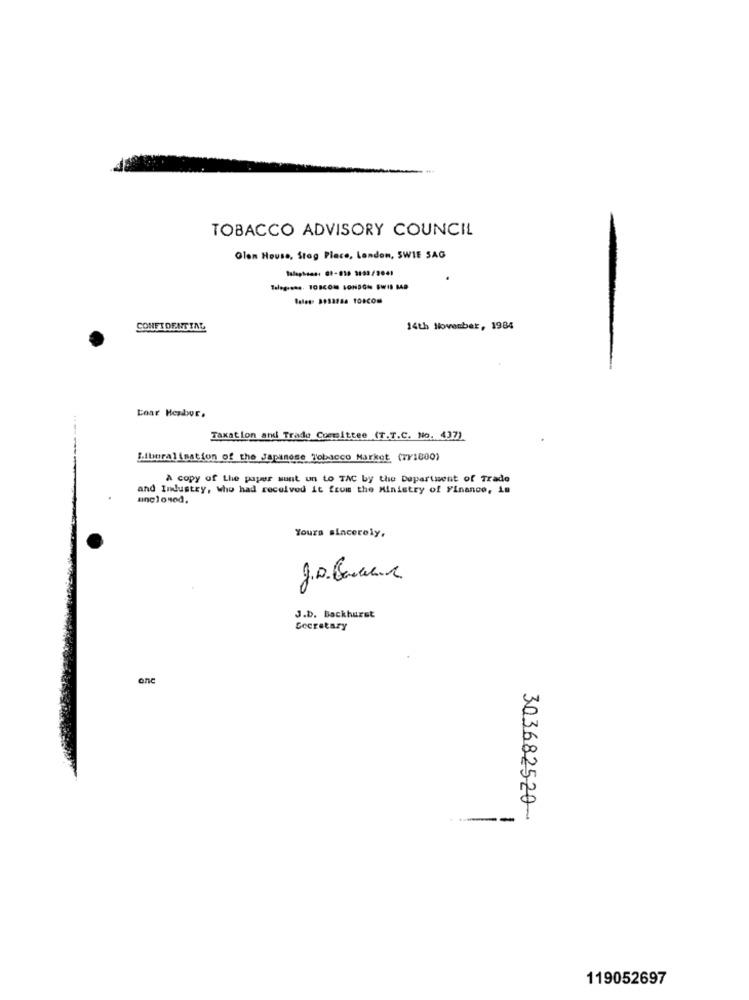
TOBACCO ADVISORY COUNCIL
Olen House, Stag Place, London, SWIE SAG
CONFIDENTIAL
14th November, 1984
Loar Headwor.
Taxation and Trade Committee (T .T.C. NO . 437)
Liberalisation of the Japanese Tobacco Market (7Y1800)
------
A copy of the paper sunt un to TAC by the Department of Trade
and Industry, who had received it from the Ministry of Finance, in
unclonod.
Yours sincerely,
J.D. Backhurst
Secretary
one
---
303682520-
119052697